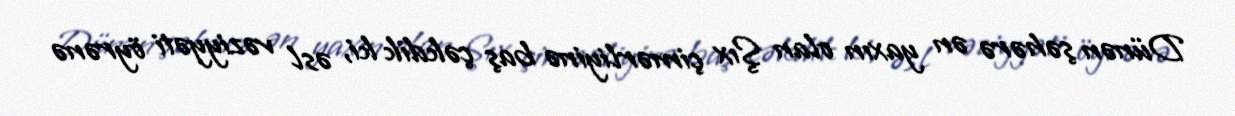
Dünən şəhərə ən yaxın olan Şıx çimərliyinə baş çəkdik ki, əsl vəziyyəti öyrənə